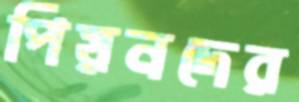
পিয়নদের